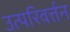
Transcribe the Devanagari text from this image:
उत्परिवर्त्तन